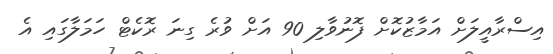
އިސްރާއީލަށް އަމާޒުކޮށް ފޮނުވާލި 90 އަށް ވުރެ ގިނަ ރޮކެޓް ހަމަލާގައި އެ